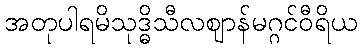
အတုပါရမိသုဒ္ဓိသီလဈာန်မဂ္ဂင်ဝီရိယ